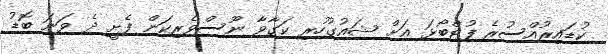
ކުޑައިރުއްސުރެ ފުޓްބޯޅަ އަށް ޝައުގުހުރި ކަގާވާ ނޫސްވެރިކަން ފެށީ ދެ ވަނަ ބޮޑު